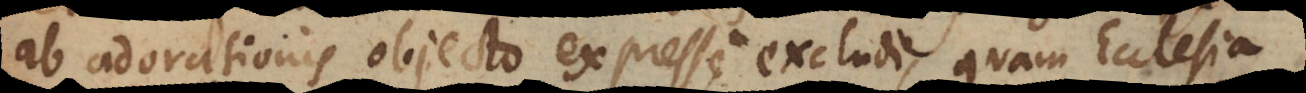
ab adorationis objecto expresse excludi, quam Ecclesia